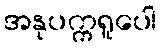
အနုပက္ကရူပေါ